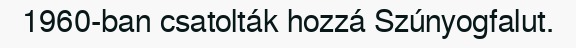
1960-ban csatolták hozzá Szúnyogfalut.